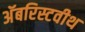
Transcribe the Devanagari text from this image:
अॅबरिस्टवीथ